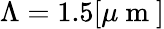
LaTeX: \Lambda=1.5[\mu\mathrm{~m~}]